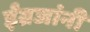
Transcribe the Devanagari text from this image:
ईंग्रजांनी